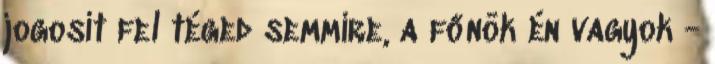
jogosít fel téged semmire, a főnök én vagyok -